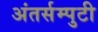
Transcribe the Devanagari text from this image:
अंतर्सम्पुटी